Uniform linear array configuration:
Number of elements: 64
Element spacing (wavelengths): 1
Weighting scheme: uniform
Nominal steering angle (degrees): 60
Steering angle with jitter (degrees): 59.581
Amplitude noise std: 0.05
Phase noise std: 0.05

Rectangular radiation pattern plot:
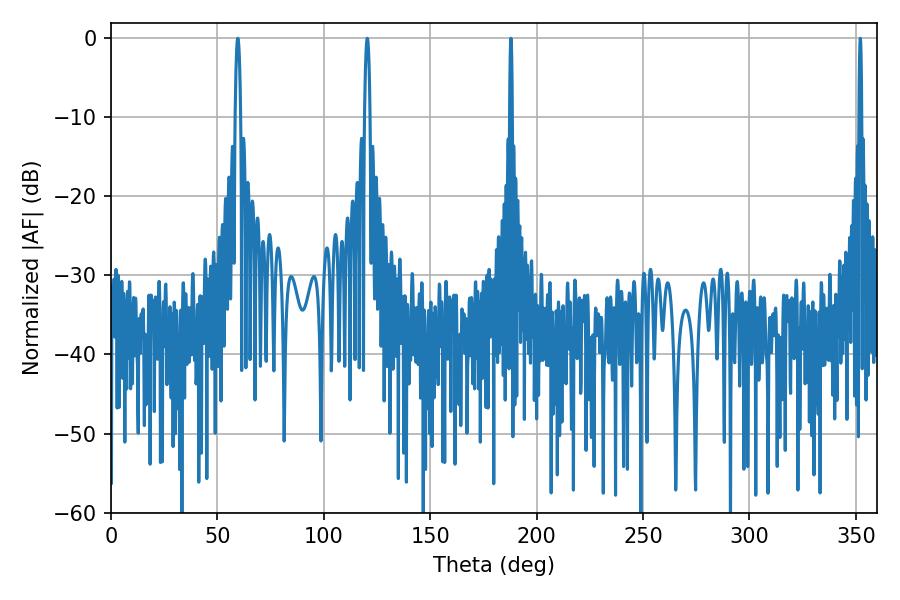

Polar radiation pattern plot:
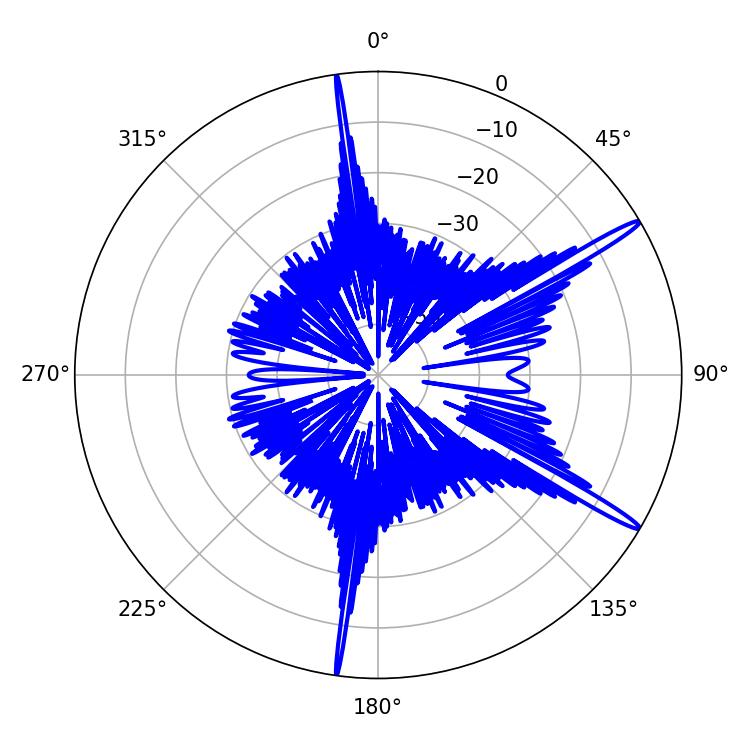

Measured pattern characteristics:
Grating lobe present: TRUE
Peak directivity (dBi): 16.149
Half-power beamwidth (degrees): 1.44
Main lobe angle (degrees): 59.58